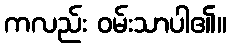
ကလည်း ဝမ်းသာပါ၏။